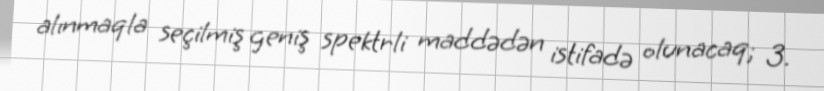
alınmaqla seçilmiş geniş spektrli maddədən istifadə olunacaq; 3.